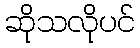
ဆိုသလိုပင်